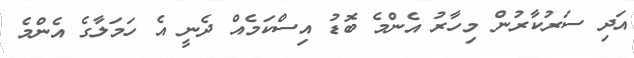
އަދި ސަރުކާރުން މިހާރު އެންމެ ބޮޑު އިސްކަމެއް ދެނީ އެ ހަމަލާގެ އެންމެ